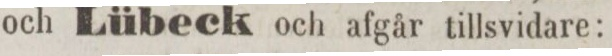
och Lübeck och afgår tillsvidare: